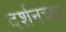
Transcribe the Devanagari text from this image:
दर्शनच्या